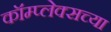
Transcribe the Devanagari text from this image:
कॉम्प्लेक्सच्या